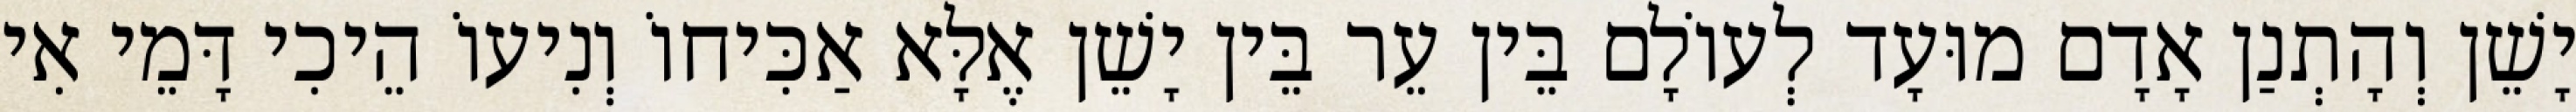
יָשֵׁן וְהָתְנַן אָדָם מוּעָד לְעוֹלָם בֵּין עֵר בֵּין יָשֵׁן אֶלָּא אַכִּיחוֹ וְנִיעוֹ הֵיכִי דָּמֵי אִי